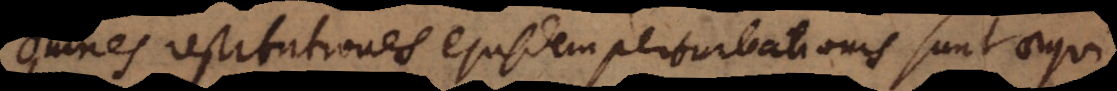
Omnes restitutiones ejusdem perturbationis sunt aequi